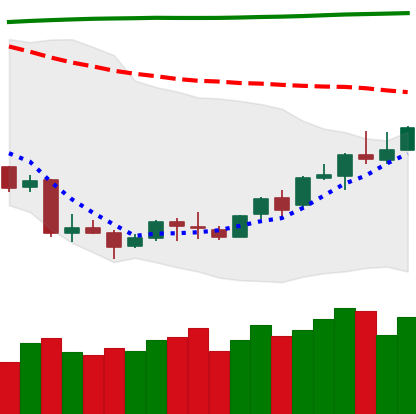
Ticker: LINK-USD
Chart end date: 2018-04-15
Forward return: 13.556%
Label: up_7plus